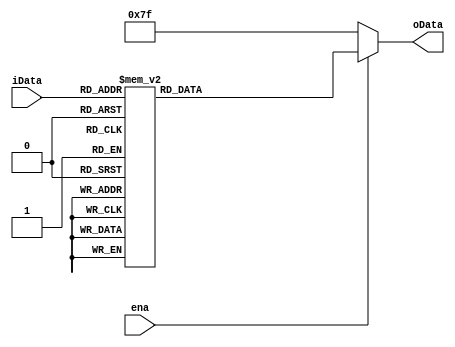
module display7(
   input ena,
   input[3:0]iData,
   output reg[6:0] oData
   );
   always@(*)
   if(ena)
   case({iData})
   4'b0000:oData=7'b1000000;
   4'b0001:oData=7'b1111001;
   4'b0010:oData=7'b0100100;
   4'b0011:oData=7'b0110000;
   4'b0100:oData=7'b0011001;
   4'b0101:oData=7'b0010010;
   4'b0110:oData=7'b0000010;
   4'b0111:oData=7'b1111000;
   4'b1000:oData=7'b0000000;
   4'b1001:oData=7'b0010000;
   default:oData=7'b0001001;
   endcase
   else
   oData=7'b1111111;
   endmodule